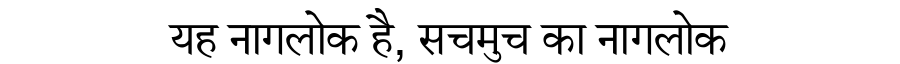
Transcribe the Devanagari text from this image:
यह नागलोक है, सचमुच का नागलोक